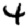
Digit: 4